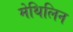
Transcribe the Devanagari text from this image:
मेथिलिन